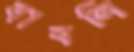
বাবলি